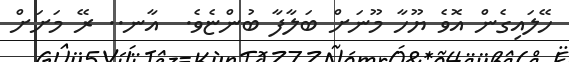
ހޭލައިގެން އޮވެ ޔޫހާ މޫނަށް ބަލާފާ ބުންޏެވެ.  އާނ.. ރޭ މަށަށް